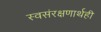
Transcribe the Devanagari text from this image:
स्वसंरक्षणार्थही